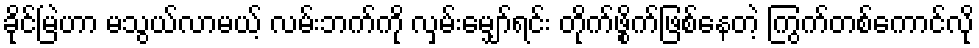
ခိုင်မြဲဟာ မသွယ်လာမယ့် လမ်းဘက်ကို လှမ်းမျှော်ရင်း တိုက်ဖွိုက်ဖြစ်နေတဲ့ ကြွက်တစ်ကောင်လို